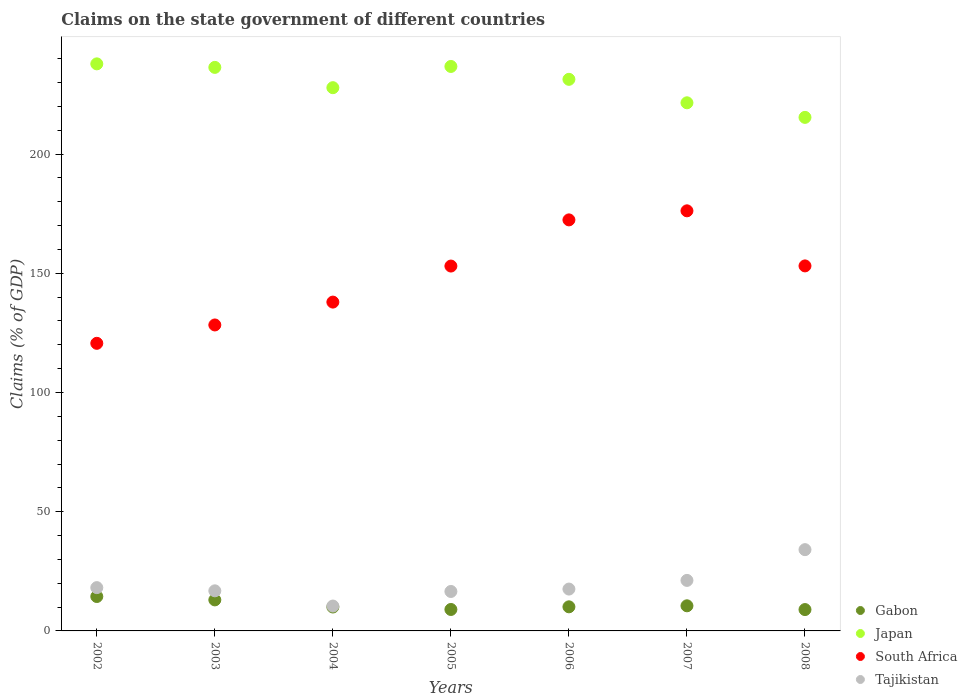
| Years | Gabon | Japan | South Africa | Tajikistan |
 | --- | --- | --- | --- | --- |
 | 2002 | 14.4 | 238 | 121 | 18.2 |
 | 2003 | 13 | 236 | 128 | 16.8 |
 | 2004 | 10 | 228 | 138 | 10.4 |
 | 2005 | 9 | 237 | 153 | 16.5 |
 | 2006 | 10.1 | 231 | 172 | 17.6 |
 | 2007 | 10.5 | 222 | 176 | 21.2 |
 | 2008 | 8.96 | 215 | 153 | 34.1 |